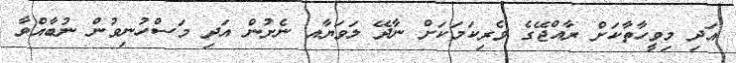
އަދި މިވީހާތާކަށް ރާއްޖޭގެ ވެރިކަމަކަށް ނާދޭ ލަވަޔާއ ނެށުން އަދި މަސްހުނިވުން ނުބާއްވާ